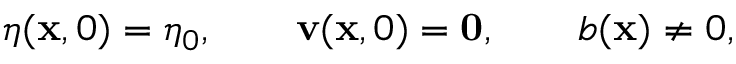
\eta ( \mathbf { x } , 0 ) = \eta _ { 0 } , \qquad \mathbf { v } ( \mathbf { x } , 0 ) = \mathbf { 0 } , \qquad b ( \mathbf { x } ) \neq 0 ,